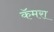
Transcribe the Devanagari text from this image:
कॅमरा